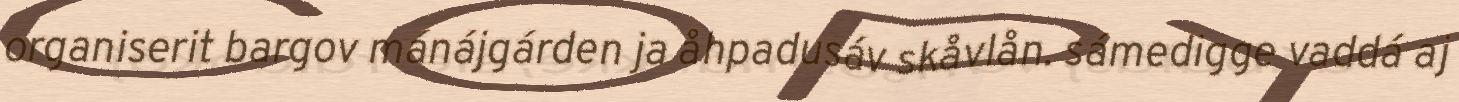
organiserit bargov mánájgárden ja åhpadusáv skåvlån. sámedigge vaddá aj